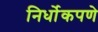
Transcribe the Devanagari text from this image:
निर्धोकपणे